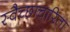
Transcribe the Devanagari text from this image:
स्वैच्छाचारिता